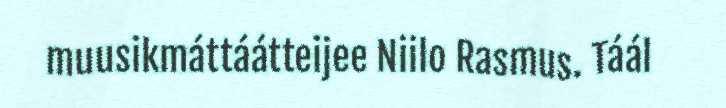
muusikmáttáátteijee Niilo Rasmus. Táál